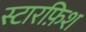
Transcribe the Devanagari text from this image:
स्टारफ़िश